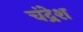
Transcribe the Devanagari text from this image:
चंद्रेश